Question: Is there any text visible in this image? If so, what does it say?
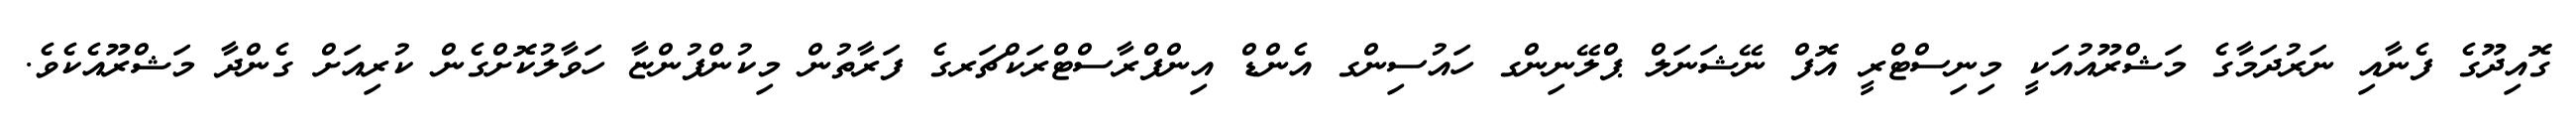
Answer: ގޮއިދޫގެ ފެނާއި ނަރުދަމާގެ މަޝްރޫއުއަކީ މިނިސްޓްރީ އޮފް ނޭޝަނަލް ޕްލޭނިންގ ހައުސިންގ އެންޑް އިންފްރާސްޓްރަކްޗަރގެ ފަރާތުން މިކުންފުންޏާ ހަވާލުކޮށްގެން ކުރިއަށް ގެންދާ މަޝްރޫއެކެވެ.